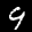
Label: 9